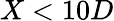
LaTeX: X<10D